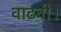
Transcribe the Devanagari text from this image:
वाढवी।